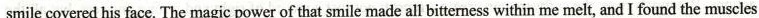
smile covered his face.The magic power of that smile made all bitterness within me meltand I found the muscles